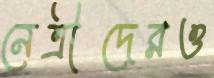
নেত্রীদেরও